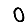
Digit: 0